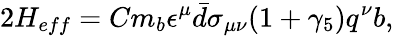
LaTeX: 2H_{eff}=Cm_{b}\epsilon^{\mu}\bar{d}\sigma_{\mu\nu}(1+\gamma_{5})q^{\nu}b,